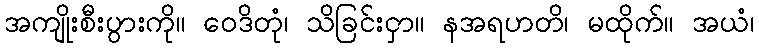
အကျိုးစီးပွားကို။ ဝေဒိတုံ၊ သိခြင်းငှာ။ နအရဟတိ၊ မထိုက်။ အယံ၊